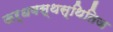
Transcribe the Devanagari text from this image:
ऊर्धवस्थस्थितिज